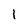
Character: l